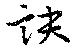
訣